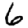
Digit: 6